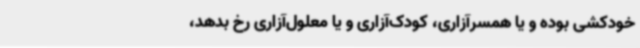
خودکشی بوده و یا همسرآزاری، کودک‌آزاری و یا معلول‌آزاری رخ بدهد،